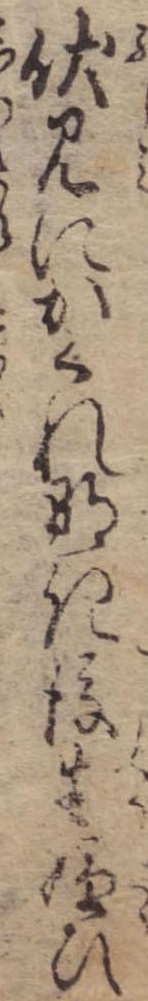
伏見にかくれなき後生嫌ひ